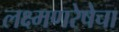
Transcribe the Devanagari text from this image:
लक्ष्मणरेषेचा